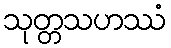
သုတ္တသဟဿံ